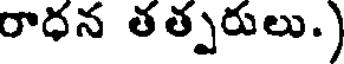
రాధన తత్పరులు.)